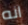
انه